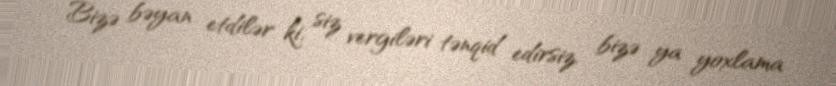
Bizə bəyan etdilər ki, siz vergiləri tənqid edirsiz, bizə ya yoxlama